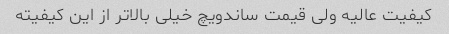
کیفیت عالیه ولی قیمت ساندویچ خیلی بالاتر از این کیفیته